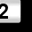
Digit: 2